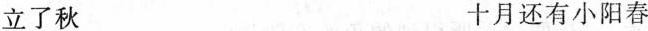
立了秋 十月还有小阳春